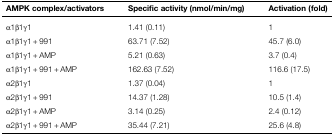
<table><thead><tr><td><b>AMPK complex/activators</b></td><td><b>Specific activity (nmol/min/mg)</b></td><td><b>Activation (fold)</b></td></tr></thead><tbody><tr><td>α1β1γ1</td><td>1.41 (0.11)</td><td>1</td></tr><tr><td>α1β1γ1 + 991</td><td>63.71 (7.52)</td><td>45.7 (6.0)</td></tr><tr><td>α1β1γ1 + AMP</td><td>5.21 (0.63)</td><td>3.7 (0.4)</td></tr><tr><td>α1β1γ1 + 991 + AMP</td><td>162.63 (7.52)</td><td>116.6 (17.5)</td></tr><tr><td>α2β1γ1</td><td>1.37 (0.04)</td><td>1</td></tr><tr><td>α2β1γ1 + 991</td><td>14.37 (1.28)</td><td>10.5 (1.4)</td></tr><tr><td>α2β1γ1 + AMP</td><td>3.14 (0.25)</td><td>2.4 (0.12)</td></tr><tr><td>α2β1γ1 + 991 + AMP</td><td>35.44 (7.21)</td><td>25.6 (4.8)</td></tr></tbody></table>